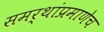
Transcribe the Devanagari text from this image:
समर्थांप्रमाणेच